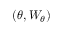
( \theta , W _ { \theta } )